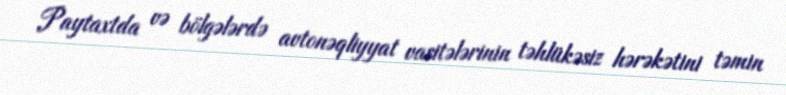
Paytaxtda və bölgələrdə avtonəqliyyat vasitələrinin təhlükəsiz hərəkətini təmin